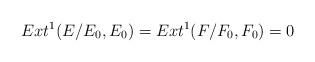
LaTeX: \begin{align*} Ext^1(E\slash E_0, E_0)=Ext^1( F\slash F_0,F_0)=0 \end{align*}